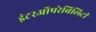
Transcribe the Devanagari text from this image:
इंटरऑपरेबिलिटी